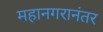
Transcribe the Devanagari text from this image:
महानगरानंतर